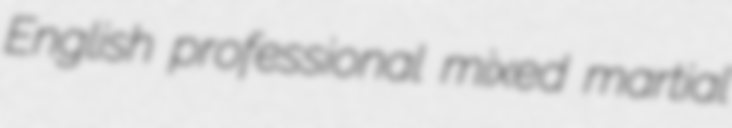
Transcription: English professional mixed martial